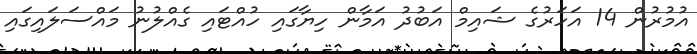
އުމުރުން 14 އަހަރުގެ ޝައިމް އަބުދު އަމާން ހިޔާގައި ހުއްޓައި ގެއްލުނު މައްސަލައިގައި